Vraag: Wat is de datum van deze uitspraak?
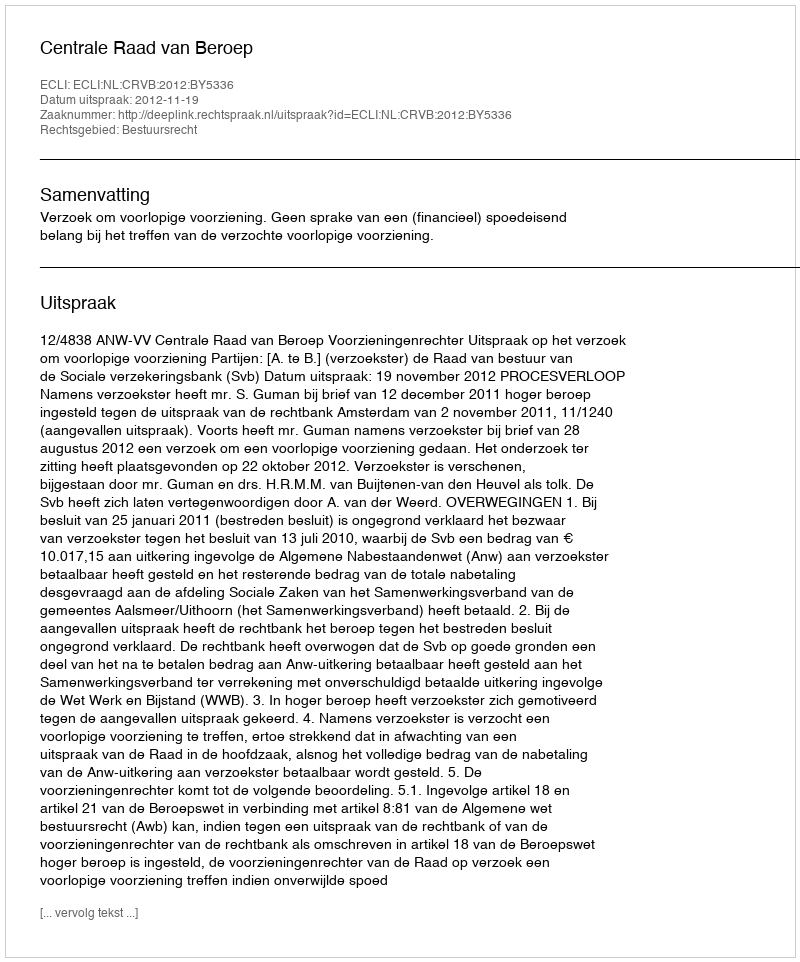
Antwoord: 2012-11-19